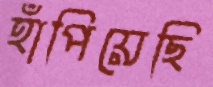
হাঁপিয়েছি